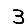
Digit: 3